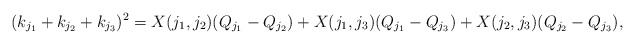
\begin{align*}(k_{j_1}+k_{j_2}+k_{j_3})^2=X(j_1, j_2)(Q_{j_1}-Q_{j_2})+X(j_1, j_3)(Q_{j_1}-Q_{j_3})+X(j_2, j_3)(Q_{j_2}-Q_{j_3}),\end{align*}